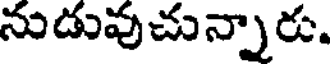
నుడువుచున్నారు.